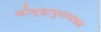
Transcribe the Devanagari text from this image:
कोल्हापुराजवळ